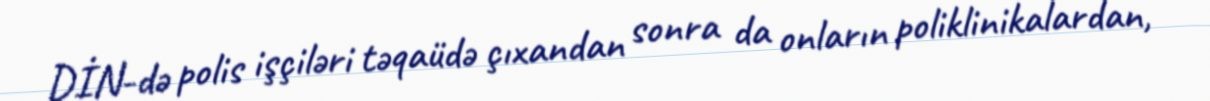
DİN-də polis işçiləri təqaüdə çıxandan sonra da onların poliklinikalardan,